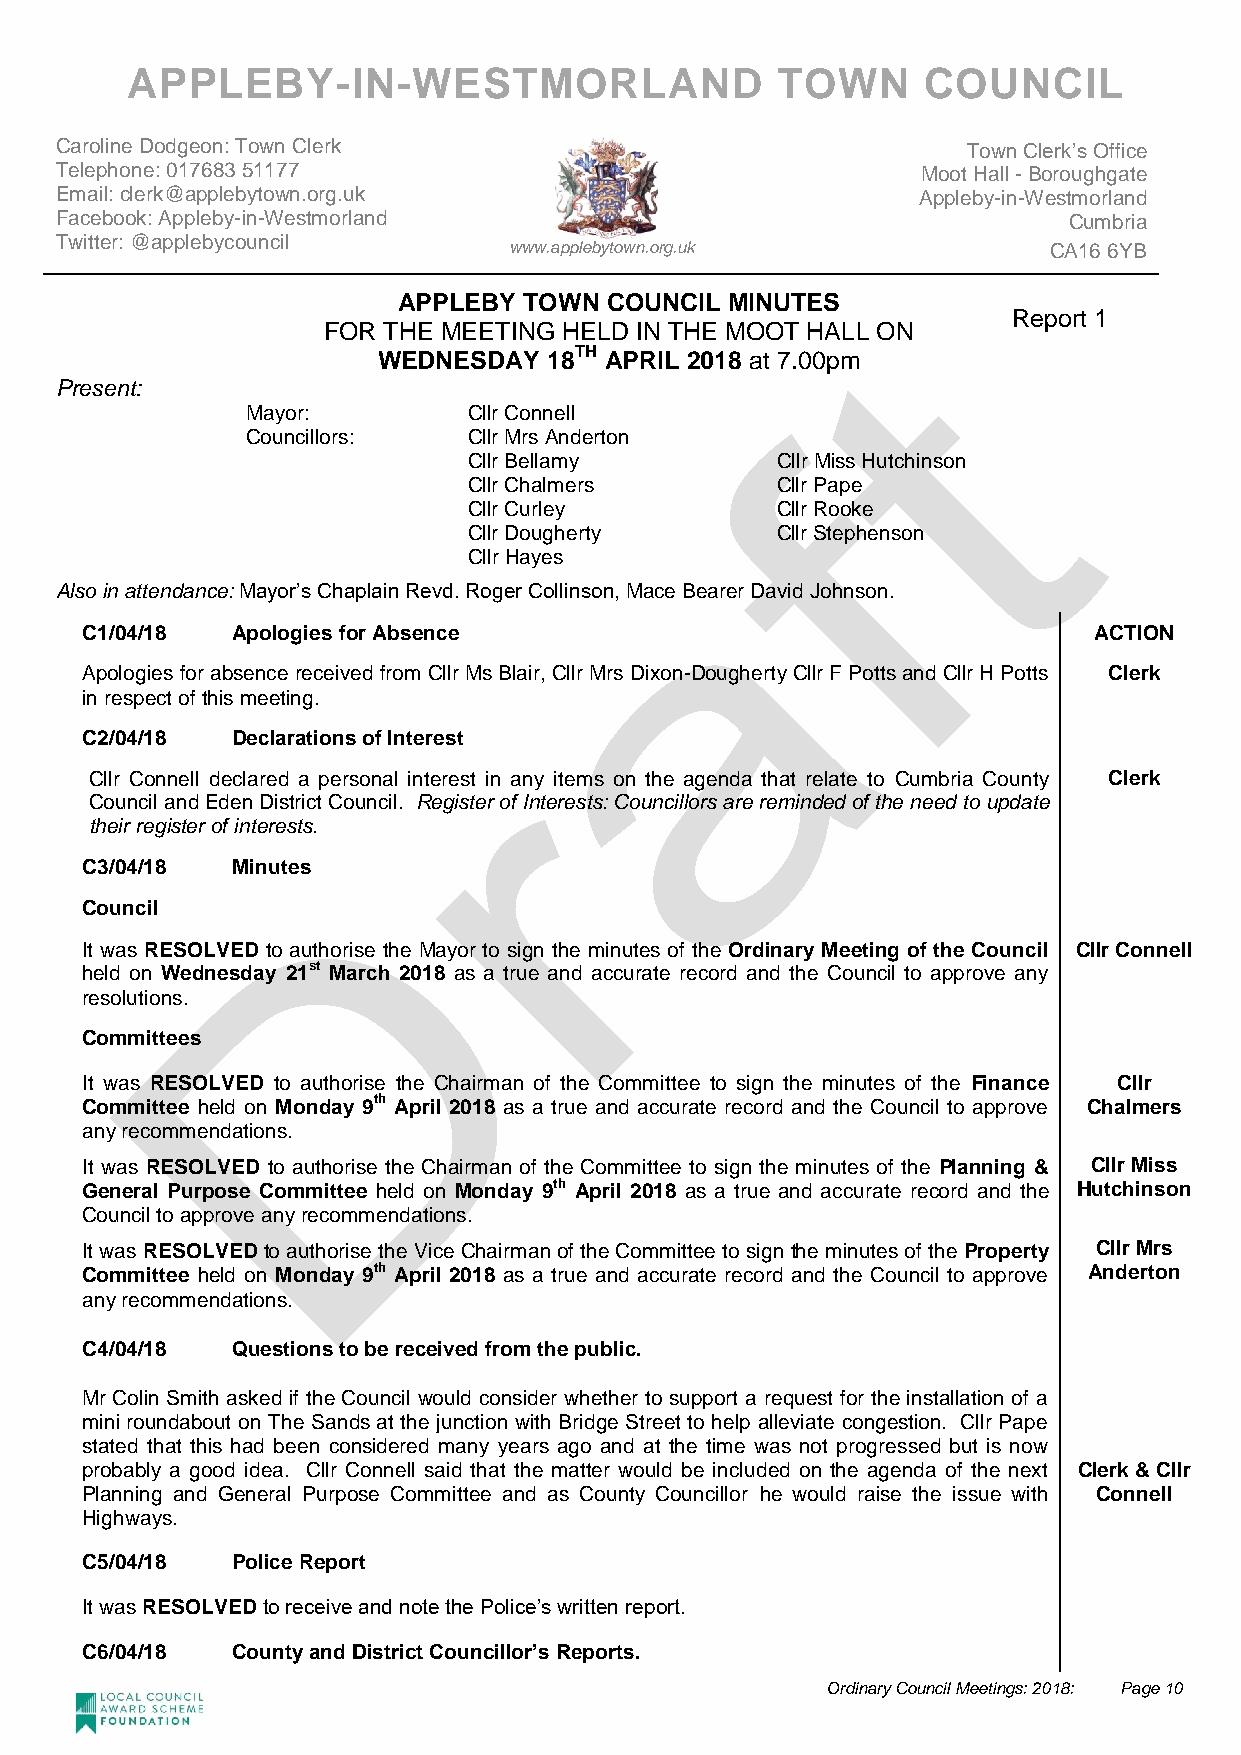
APPLEBY-IN-WESTMORLAND                     TOWN      COUNCIL
 Caroline Dodgeon: Town Clerk                                Town Clerk’s Office
 Telephone: 017683 51177                                  Moot Hall - Boroughgate
 Email: clerk@applebytown.org.uk                          Appleby-in-Westmorland
 Facebook: Appleby-in-Westmorland                                   Cumbria
 Twitter: @applebycouncil
 www.applebytown.org.uk             CA16 6YB
 APPLEBY  TOWN COUNCIL MINUTES
 FOR THE MEETING HELD IN THE MOOT HALL ON
 WEDNESDAY  18TH APRIL 2018 at 7.00pm
 Present:
 Mayor:         Cllr Connell
 Councillors:   Cllr Mrs Anderton
 Cllr Bellamy        Cllr Miss Hutchinson
 Cllr Chalmers       Cllr Pape
 Cllr Curley         Cllr Rooke
 Cllr Dougherty      Cllr Stephenson
 Cllr Hayes
 Also in attendance: Mayor’s Chaplain Revd. Roger Collinson, Mace Bearer David Johnson.
 C1/04/18  Apologies for Absence                                    ACTION
 Apologies for absence received from Cllr Ms Blair, Cllr Mrs Dixon-Dougherty Cllr F Potts and Cllr H Potts Clerk
 in respect of this meeting.
 C2/04/18  Declarations of Interest
 Cllr Connell declared a personal interest in any items on the agenda that relate to Cumbria County Clerk
 Council and Eden District Council. Register of Interests: Councillors are reminded of the need to update
 their register of interests.
 C3/04/18  Minutes
 Council
 It was RESOLVED to authorise the Mayor to sign the minutes of the Ordinary Meeting of the Council Cllr Connell
 held on Wednesday 21st March 2018 as a true and accurate record and the Council to approve any
 resolutions.
 Committees
 It was RESOLVED to authorise the Chairman of the Committee to sign the minutes of the Finance Cllr
 Committee held on Monday 9th April 2018 as a true and accurate record and the Council to approve Chalmers
 any recommendations.
 It was RESOLVED to authorise the Chairman of the Committee to sign the minutes of the Planning & Cllr Miss
 General Purpose Committee held on Monday 9th April 2018 as a true and accurate record and the Hutchinson
 Council to approve any recommendations.
 It was RESOLVED to authorise the Vice Chairman of the Committee to sign the minutes of the Property Cllr Mrs
 Committee held on Monday 9th April 2018 as a true and accurate record and the Council to approve Anderton
 any recommendations.
 C4/04/18  Questions to be received from the public.
 Mr Colin Smith asked if the Council would consider whether to support a request for the installation of a
 mini roundabout on The Sands at the junction with Bridge Street to help alleviate congestion. Cllr Pape
 stated that this had been considered many years ago and at the time was not progressed but is now
 probably a good idea. Cllr Connell said that the matter would be included on the agenda of the next Clerk & Cllr
 Planning and General Purpose Committee and as County Councillor he would raise the issue with Connell
 Highways.
 C5/04/18  Police Report
 It was RESOLVED to receive and note the Police’s written report.
 C6/04/18  County and District Councillor’s Reports.
 Ordinary Council Meetings: 2018: Page 10